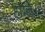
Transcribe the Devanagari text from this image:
हानि॥